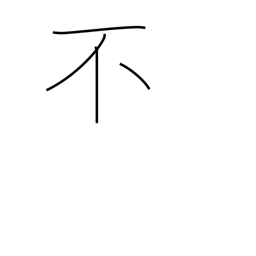
Meaning: non-